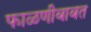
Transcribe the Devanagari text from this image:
फाळणीबाबत